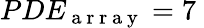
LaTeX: PDE_{\mathrm{~a~r~r~a~y~}}=7\